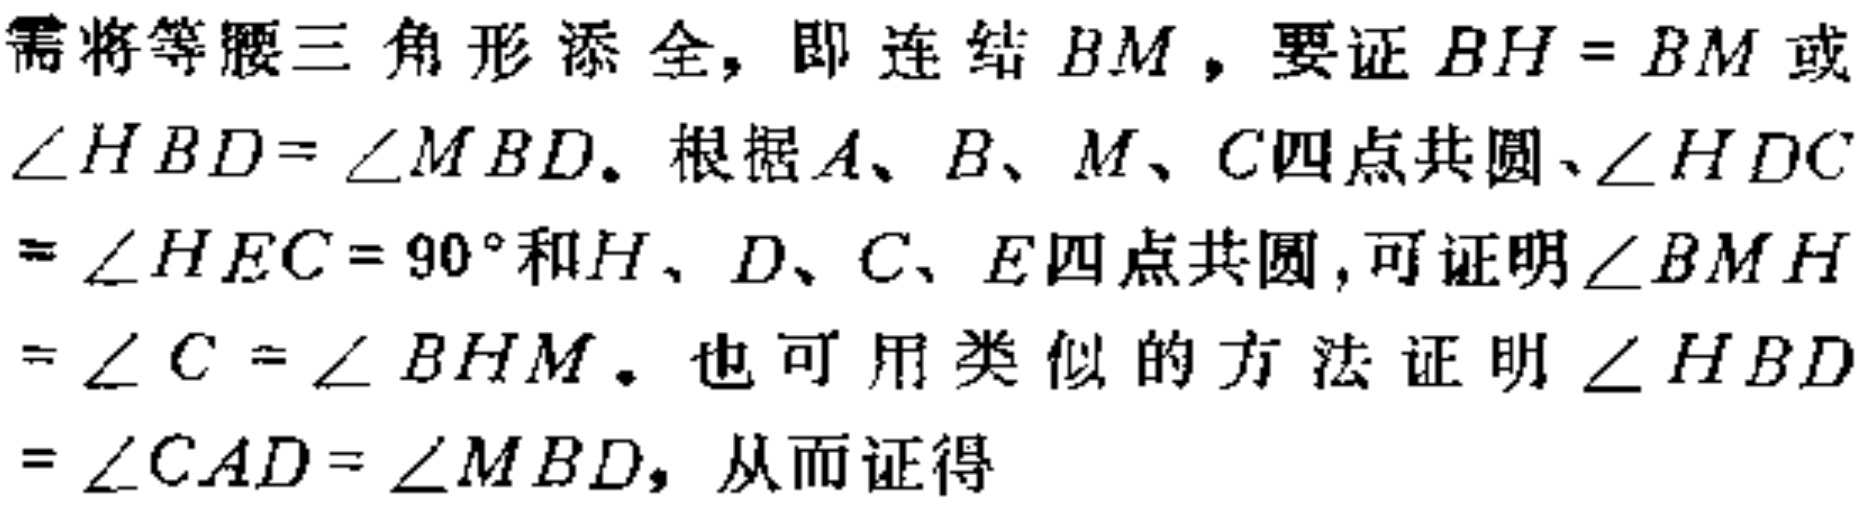
需将等腰三角形添全，即连结 \(BM\)，要证 \(BH = BM\) 或 \(\angle HBD=\angle MBD\)。根据 \(A、B、M、C\)四点共圆、\(\angle HDC\) \(=\angle HEC = 90^{\circ}\)和\(H、D、C、E\)四点共圆，可证明\(\angle BMH\) \(=\angle C=\angle BHM\)。也可用类似的方法证明\(\angle HBD\) \(=\angle CAD=\angle MBD\)，从而证得